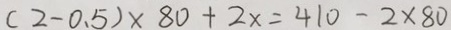
( 2 - 0 . 5 ) \times 8 0 + 2 x = 4 1 0 - 2 \times 8 0